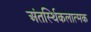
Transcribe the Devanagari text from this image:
अंतर्स्थिकलात्मक